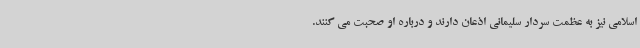
اسلامی نیز به عظمت سردار سلیمانی اذعان دارند و درباره او صحبت می کنند.